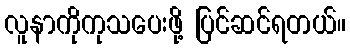
လူနာကိုကုသပေးဖို့ ပြင်ဆင်ရတယ်။